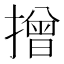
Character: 𢴣